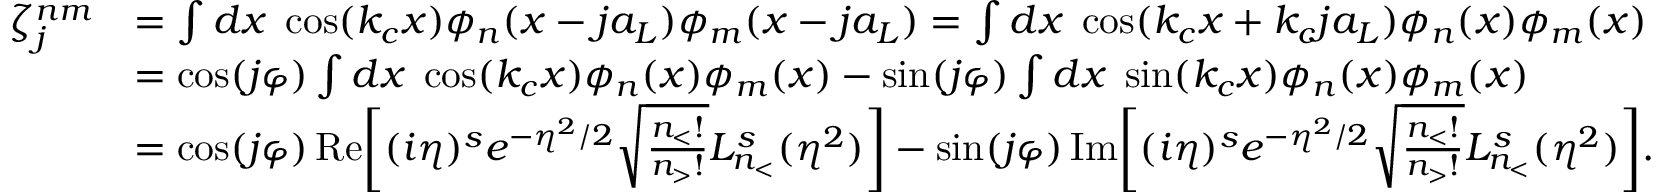
\begin{array} { r l } { \zeta _ { j } ^ { n m } } & { = \int d x \; \cos ( k _ { c } x ) \phi _ { n } ( x - j a _ { L } ) \phi _ { m } ( x - j a _ { L } ) = \int d x \; \cos ( k _ { c } x + k _ { c } j a _ { L } ) \phi _ { n } ( x ) \phi _ { m } ( x ) } \\ & { = \cos ( j \varphi ) \int d x \; \cos ( k _ { c } x ) \phi _ { n } ( x ) \phi _ { m } ( x ) - \sin ( j \varphi ) \int d x \; \sin ( k _ { c } x ) \phi _ { n } ( x ) \phi _ { m } ( x ) } \\ & { = \cos ( j \varphi ) \, \mathrm { R e } \bigg [ ( i \eta ) ^ { s } e ^ { - \eta ^ { 2 } / 2 } \sqrt { \frac { n _ { < } ! } { n _ { > } ! } } L _ { n _ { < } } ^ { s } ( \eta ^ { 2 } ) \bigg ] - \sin ( j \varphi ) \, \mathrm { I m } \bigg [ ( i \eta ) ^ { s } e ^ { - \eta ^ { 2 } / 2 } \sqrt { \frac { n _ { < } ! } { n _ { > } ! } } L _ { n _ { < } } ^ { s } ( \eta ^ { 2 } ) \bigg ] . } \end{array}